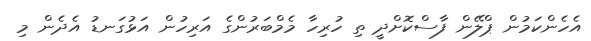
އެހެންކަމުން ޕްލޭން ފާސްކޮށްދީ ތި ހުރިހާ މެމްބަރުންގެ އަރިހުން އަޅުގަނޑު އެދެން މި